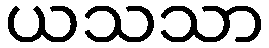
ယသသာ